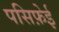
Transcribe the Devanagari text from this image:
पसिफ़ेई